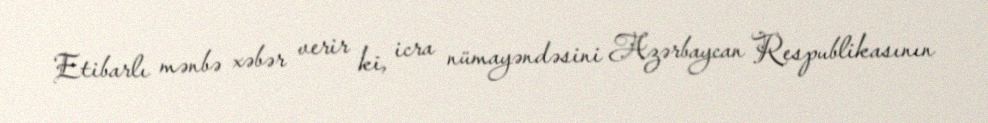
Etibarlı mənbə xəbər verir ki, icra nümayəndəsini Azərbaycan Respublikasının